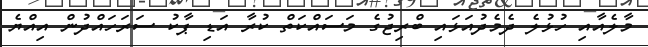
މާލެއާއި ހުޅުލެ ދެމެދުއަޅައި ބްރިޖުގެ މަސައްކަތް ކުރާ އަޑި ޕާކު ސަރަހައްދުން އިއްޔެ